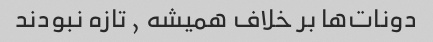
دونات‌ها بر خلاف همیشه , تازه نبودند